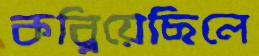
কব্‌লিয়েছিলে